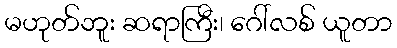
မဟုတ်ဘူး ဆရာကြီး၊ ဂေါ်လစ် ယူတာ